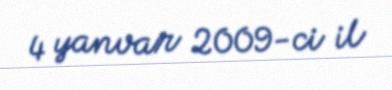
4 yanvar 2009-ci il